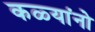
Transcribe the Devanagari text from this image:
कळ्यांनो